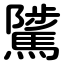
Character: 騭